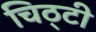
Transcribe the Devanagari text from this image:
चिठ्टी